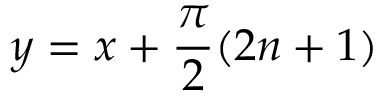
y = x + \frac { \pi } { 2 } ( 2 n + 1 )